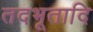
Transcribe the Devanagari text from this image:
तदभूतादि